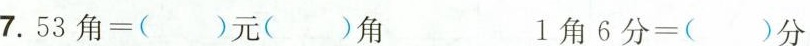
7.53角=( )元( )角 1角6分=( )分